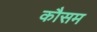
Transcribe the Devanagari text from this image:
कौसम